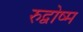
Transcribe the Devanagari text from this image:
रुद्वोष्म